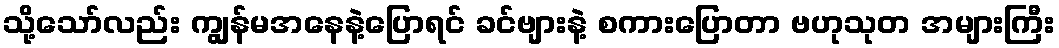
သို့သော်လည်း ကျွန်မအနေနဲ့ပြောရင် ခင်ဗျားနဲ့ စကားပြောတာ ဗဟုသုတ အများကြီး